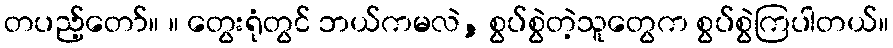
တပည့်တော်။ ။ တွေးရုံတွင် ဘယ်ကမလဲ, စွပ်စွဲတဲ့သူတွေက စွပ်စွဲကြပါတယ်။